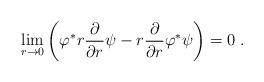
LaTeX: \begin{align*}\lim_{r\to 0} \left(\varphi ^\ast r{\partial \over\partial r} \psi - r{\partial \over \partial r}\varphi ^\ast \psi \right)=0 \; .\end{align*}